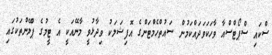
ސްކައި ސްޕޯޓްސްއާ ވާހަކަވަދައްކަމުން ސައުތްހެމްޓަންގެ އޮފިޝަލަކު ވިދާޅުވީ މާނޭއަކީ އެ ޓީމުގެ ޕްލޭންތަކުގައި